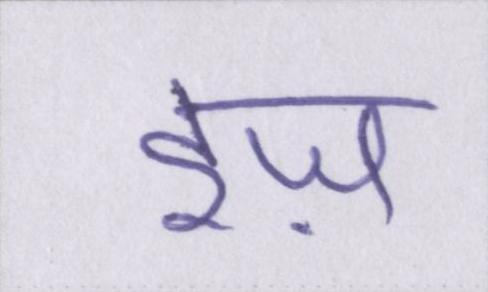
इज़